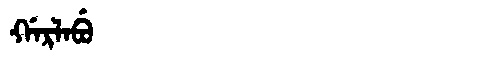
Manchu: ᡤᠠᡵᠯᠠᠪᡠ
Romanization: GARLABU